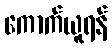
ကောက်ယူရန်